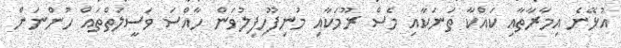
އުޅޭނެ އިމާރާތާއި ކައްކާ ތަނަކާއި މެސް ރޫމަކާއި މުނިފޫހިފިލުވަން ހާއްސަ ވަސީލަތްތައް ހުންނަން